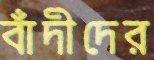
বাঁদীদের